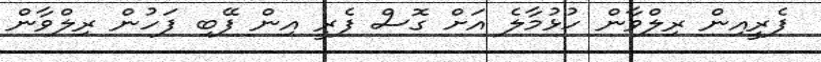
ފެރީއިން ރިލްވާން ހުޅުމާލެ އަށް ގޮސް ފެރީ އިން ފޭބި ފަހުން ރިލްވާން